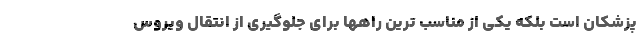
پزشکان است بلکه یکی از مناسب ترین راهها برای جلوگیری از انتقال ویروس